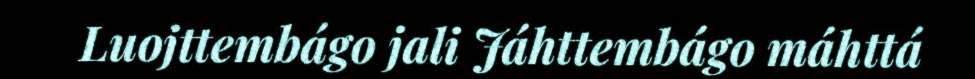
Luojttembágo jali Jáhttembágo máhttá